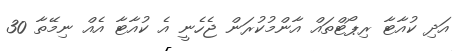
އަދި ކުއާޓާ ރިޕޯޓްތައް އާންމުކުރަން ޖެހެނީ އެ ކުއާޓާ އެއް ނިމޭތާ 30